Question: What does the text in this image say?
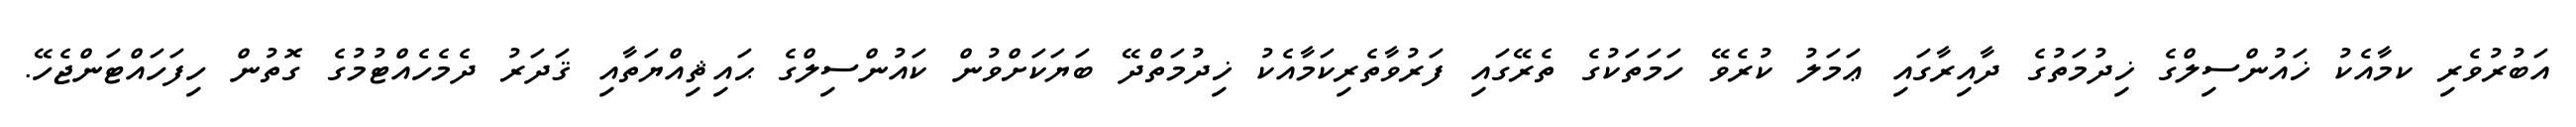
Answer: އަބުރުވެރި ކމާއެކު ޚައުންސިލްގެ ޚިދުމަތުގެ ދާއިރާގައި ޢަމަލު ކުރެވޭ ހަމަތަކުގެ ތެރޭގައި ފަރުވާތެރިކަމާއެކު ޚިދުމަތްދޭ ބަޔަކަށްވުން ކައުންސިލްގެ ޙައިޘިއްޔަތާއި ޤަދަރު ދެމެހެއްޓުމުގެ ގޮތުން ހިފަހައްޓަންޖެހޭ.